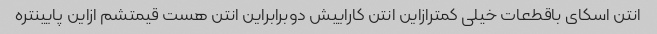
انتن اسکای باقطعات خیلی کمترازاین انتن کاراییش دوبرابراین انتن هست قیمتشم ازاین پایینتره